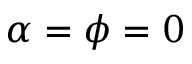
\alpha = \phi = 0